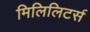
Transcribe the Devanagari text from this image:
मिलिलिटर्स